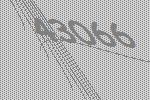
43066